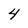
Character: 4